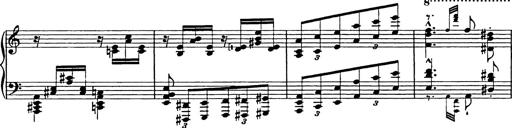
Title: Galop in A minor
Composer: Franz Liszt
Key: A minor